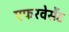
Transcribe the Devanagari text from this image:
एफरवेसेंट